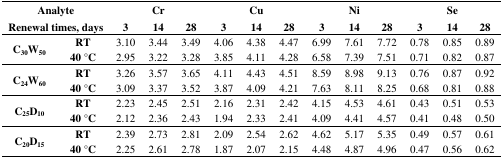
<table><thead><tr><td colspan="2"><b>Analyte</b></td><td colspan="3"><b>Cr</b></td><td colspan="3"><b>Cu</b></td><td colspan="3"><b>Ni</b></td><td colspan="3"><b>Se</b></td></tr><tr><td colspan="2"><b>Renewal times, days</b></td><td><b>3</b></td><td><b>14</b></td><td><b>28</b></td><td><b>3</b></td><td><b>14</b></td><td><b>28</b></td><td><b>3</b></td><td><b>14</b></td><td><b>28</b></td><td><b>3</b></td><td><b>14</b></td><td><b>28</b></td></tr></thead><tbody><tr><td rowspan="2"><b>C<sub>30</sub>W<sub>50</sub></b></td><td><b>RT</b></td><td>3.10</td><td>3.44</td><td>3.49</td><td>4.06</td><td>4.38</td><td>4.47</td><td>6.99</td><td>7.61</td><td>7.72</td><td>0.78</td><td>0.85</td><td>0.89</td></tr><tr><td><b>40 °C</b></td><td>2.95</td><td>3.22</td><td>3.28</td><td>3.85</td><td>4.11</td><td>4.28</td><td>6.58</td><td>7.39</td><td>7.51</td><td>0.71</td><td>0.82</td><td>0.87</td></tr><tr><td rowspan="2"><b>C<sub>24</sub>W<sub>60</sub></b></td><td><b>RT</b></td><td>3.26</td><td>3.57</td><td>3.65</td><td>4.11</td><td>4.43</td><td>4.51</td><td>8.59</td><td>8.98</td><td>9.13</td><td>0.76</td><td>0.87</td><td>0.92</td></tr><tr><td><b>40 °C</b></td><td>3.09</td><td>3.37</td><td>3.52</td><td>3.87</td><td>4.09</td><td>4.21</td><td>7.63</td><td>8.11</td><td>8.25</td><td>0.68</td><td>0.81</td><td>0.88</td></tr><tr><td rowspan="2"><b>C<sub>25</sub>D<sub>10</sub></b></td><td><b>RT</b></td><td>2.23</td><td>2.45</td><td>2.51</td><td>2.16</td><td>2.31</td><td>2.42</td><td>4.15</td><td>4.53</td><td>4.61</td><td>0.43</td><td>0.51</td><td>0.53</td></tr><tr><td><b>40 °C</b></td><td>2.12</td><td>2.36</td><td>2.43</td><td>1.94</td><td>2.33</td><td>2.41</td><td>4.09</td><td>4.41</td><td>4.57</td><td>0.41</td><td>0.48</td><td>0.50</td></tr><tr><td rowspan="2"><b>C<sub>20</sub>D<sub>15</sub></b></td><td><b>RT</b></td><td>2.39</td><td>2.73</td><td>2.81</td><td>2.09</td><td>2.54</td><td>2.62</td><td>4.62</td><td>5.17</td><td>5.35</td><td>0.49</td><td>0.57</td><td>0.61</td></tr><tr><td><b>40 °C</b></td><td>2.25</td><td>2.61</td><td>2.78</td><td>1.87</td><td>2.07</td><td>2.15</td><td>4.48</td><td>4.87</td><td>4.96</td><td>0.47</td><td>0.56</td><td>0.62</td></tr></tbody></table>